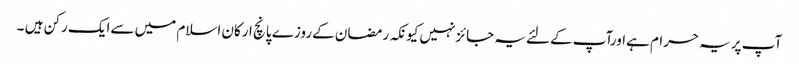
آپ پریہ حرام ہےاورآپ کےلئےیہ جائزنہیں کیونکہ رمضان کےروزے پانچ ارکان اسلام میں سےایک رکن ہیں ۔